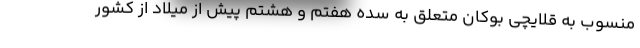
منسوب به قلایچی بوکان متعلق به سده هفتم و هشتم پیش از میلاد از کشور